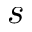
s